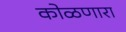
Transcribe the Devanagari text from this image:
कोळणारा